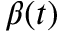
\beta ( t )